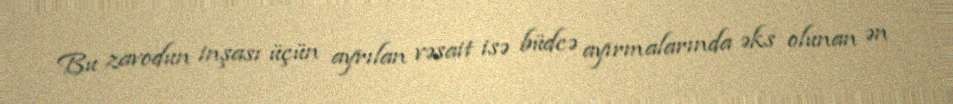
Bu zavodun inşası üçün ayrılan vəsait isə büdcə ayırmalarında əks olunan ən